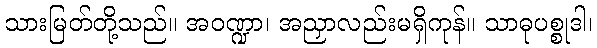
သားမြတ်တို့သည်။ အဝဏ္ဍာ၊ အညှာလည်းမရှိကုန်။ သာဓုပစ္စုဒါ၊